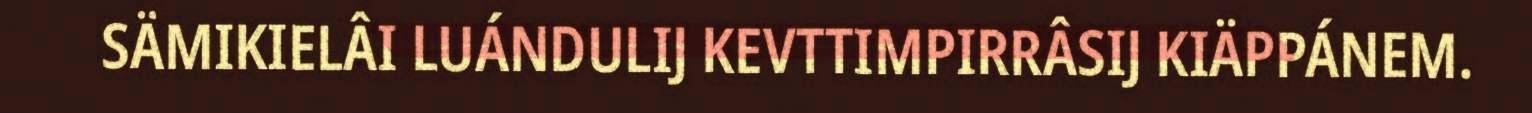
SÄMIKIELÂI LUÁNDULIJ KEVTTIMPIRRÂSIJ KIÄPPÁNEM.